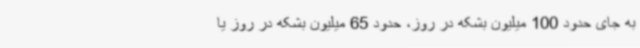
به جای حدود 100 میلیون بشکه در روز، حدود 65 میلیون بشکه در روز یا